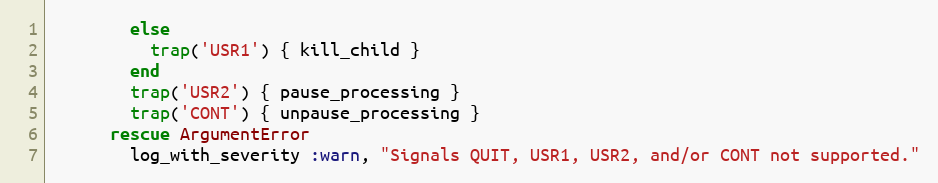
Language: Ruby
        else
          trap('USR1') { kill_child }
        end
        trap('USR2') { pause_processing }
        trap('CONT') { unpause_processing }
      rescue ArgumentError
        log_with_severity :warn, "Signals QUIT, USR1, USR2, and/or CONT not supported."